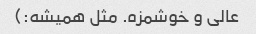
عالی و خوشمزه. مثل همیشه:)